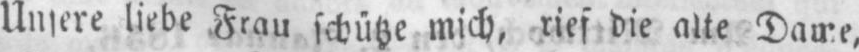
Unsere liebe Frau schütze mich, rief die alte Dame‚